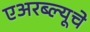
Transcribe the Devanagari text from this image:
एअरब्ल्यूचे